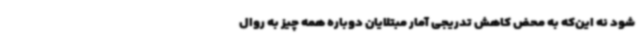
شود نه این‌که به محض کاهش تدریجی آمار مبتلایان دوباره همه چیز به روال